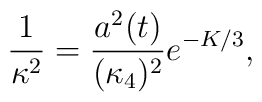
\frac{1}{\kappa^2}=\frac{a^2(t)}{(\kappa_4)^2 } e^{-K/3},